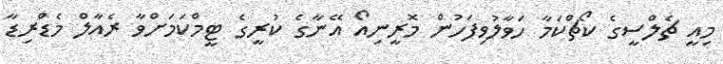
މިއީ ޗެލްސީގެ ކޯޗްކަމާ ހަވާލުވިފަހުން މޮރީނިއޯ އޭނާގެ ކުރީގެ ޓީމްކަމަށްވާ ރެއާލް މެޑްރިޑާ